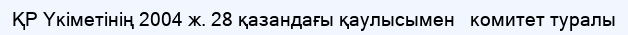
ҚР Үкіметінің 2004 ж. 28 қазандағы қаулысымен   комитет туралы